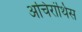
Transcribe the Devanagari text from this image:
अचिरांथिस